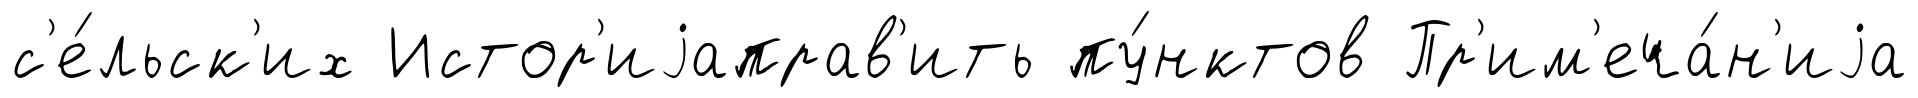
с'е́льск'их Истор'иjаправ'ить пу́нктов Пр'им'еча́н'иjа